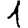
Digit: 1